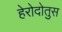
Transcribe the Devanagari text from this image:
हेरोदोतुस